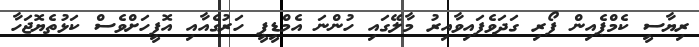
ރިޔާސީ ކެމްޕެއިން ފޯރި ގަދަވެފައިވާއިރު މާލޭގައި ހުންނަ އެމްޑީޕީ ހަރުގެއާއި އޮފީހަށްވެސް ކަޅުތެޔޮޖަހާ